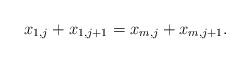
LaTeX: \begin{align*} x_{1,j} + x_{1,j+1} = x_{m,j} + x_{m,j+1}. \end{align*}